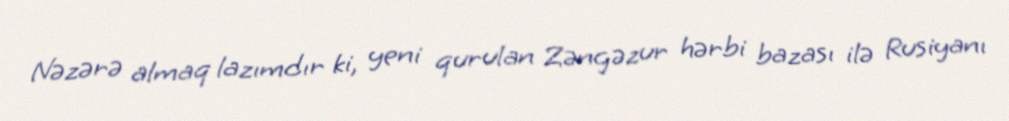
Nəzərə almaq lazımdır ki, yeni qurulan Zəngəzur hərbi bazası ilə Rusiyanı